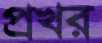
প্রখর